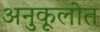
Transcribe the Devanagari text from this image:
अनुकूलोत